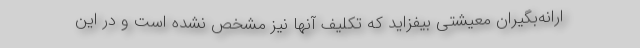
ارانه‌بگیران معیشتی بیفزاید که تکلیف آنها نیز مشخص نشده است و در این